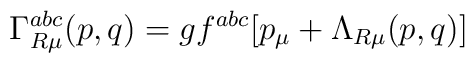
\Gamma _{R\mu }^{abc}(p,q)=gf^{abc}[p_\mu +\Lambda _{R\mu }(p,q)]